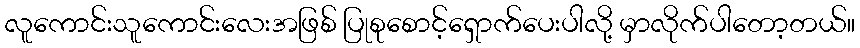
လူကောင်းသူကောင်းလေးအဖြစ် ပြုစုစောင့်ရှောက်ပေးပါလို့ မှာလိုက်ပါတော့တယ်။